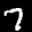
Label: 7